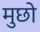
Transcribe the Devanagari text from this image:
मुछो